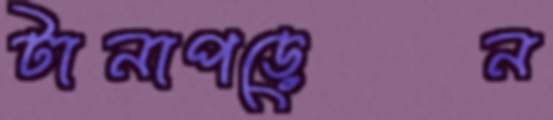
টানাপড়েন